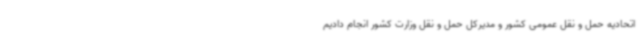
اتحادیه حمل و نقل عمومی کشور و مدیرکل حمل و نقل وزارت کشور انجام دادیم